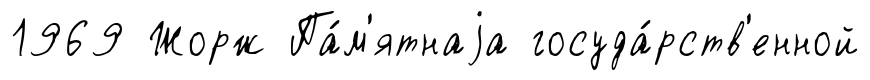
1969 Жорж Па́м'ятнаjа госуда́рств'енной